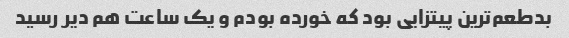
بدطعم‌ترین پیتزایی بود که خورده بودم و یک ساعت هم دیر رسید